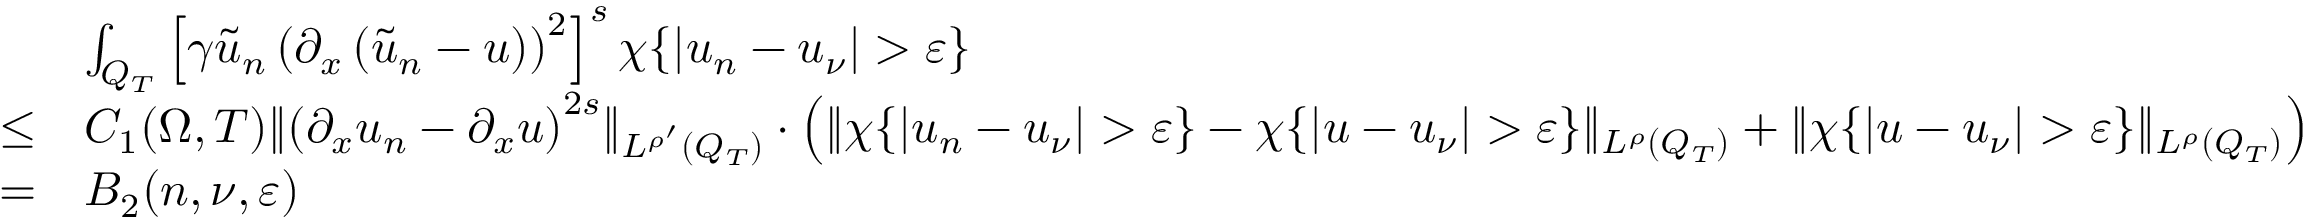
\begin{array} { r l } & { \int _ { Q _ { T } } \left[ \gamma \tilde { u } _ { n } \left( \partial _ { x } \left( \tilde { u } _ { n } - u \right) \right) ^ { 2 } \right] ^ { s } \chi \{ | u _ { n } - u _ { \nu } | > \varepsilon \} } \\ { \leq } & { C _ { 1 } ( \Omega , T ) \lVert \left( \partial _ { x } u _ { n } - \partial _ { x } u \right) ^ { 2 s } \rVert _ { L ^ { \rho ^ { \prime } } ( Q _ { T } ) } \cdot \left( \lVert \chi \{ | u _ { n } - u _ { \nu } | > \varepsilon \} - \chi \{ | u - u _ { \nu } | > \varepsilon \} \rVert _ { L ^ { \rho } ( Q _ { T } ) } + \lVert \chi \{ | u - u _ { \nu } | > \varepsilon \} \rVert _ { L ^ { \rho } ( Q _ { T } ) } \right) } \\ { = } & { B _ { 2 } ( n , \nu , \varepsilon ) } \end{array}